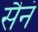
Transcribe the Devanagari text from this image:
सैनं